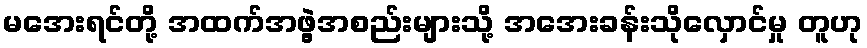
မအေးရင်တို့ အထက်အဖွဲ့အစည်းများသို့ အအေးခန်းသိုလှောင်မှု တူဟု